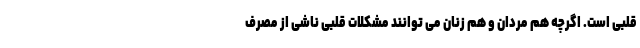
قلبی است. اگرچه هم مردان و هم زنان می توانند مشکلات قلبی ناشی از مصرف